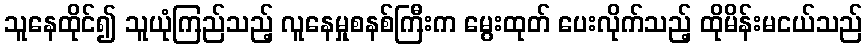
သူနေထိုင်၍ သူယုံကြည်သည့် လူနေမှုစနစ်ကြီးက မွေးထုတ် ပေးလိုက်သည့် ထိုမိန်းမငယ်သည်